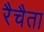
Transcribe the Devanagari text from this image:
रैचैता